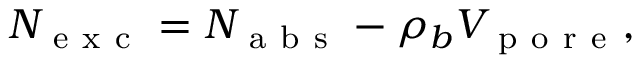
\begin{array} { r } { N _ { \mathrm { ~ e ~ x ~ c ~ } } = N _ { \mathrm { ~ a ~ b ~ s ~ } } - \rho _ { b } V _ { \mathrm { ~ p ~ o ~ r ~ e ~ } } , } \end{array}